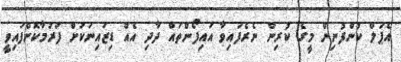
އެޕަލް ކުންފުނިން މީގެ ކުރިން ނެރެފައިވާ އައިފޯންތައް ދާދި އެއް ޑިޒައިނަކަށް ފަރުމާކޮށްފައިވީ